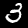
Label: 3